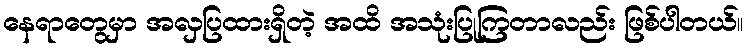
နေရာတွေမှာ အလှပြထားရှိတဲ့ အထိ အသုံးပြုကြတာလည်း ဖြစ်ပါတယ်။